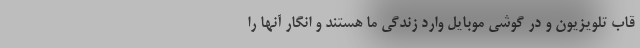
قاب تلویزیون و در گوشی موبایل وارد زندگی ما هستند و انگار آنها را